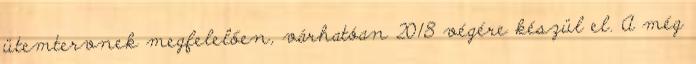
ütemtervnek megfelelően, várhatóan 2018 végére készül el. A még